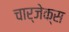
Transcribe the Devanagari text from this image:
चार्जेक्स